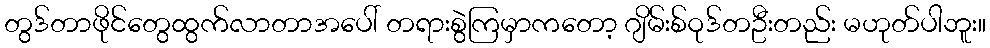
တွဒ်တာဖိုင်တွေထွက်လာတာအပေါ် တရားစွဲကြမှာကတော့ ဂျိမ်းစ်ဝုဒ်တဦးတည်း မဟုတ်ပါဘူး။